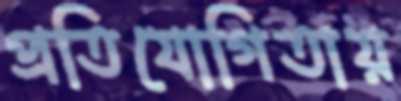
প্রতিযোগিতায়